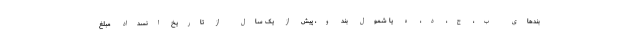
بندهای ب، ج، د، ه یا شمول بند و، پیش از یک سال از تاریخ انسداد مبلغ